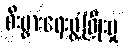
စီးပွားရေးဖွံ့ဖြိုးမှု